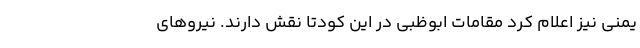
یمنی نیز اعلام کرد مقامات ابوظبی در این کودتا نقش دارند. نیروهای